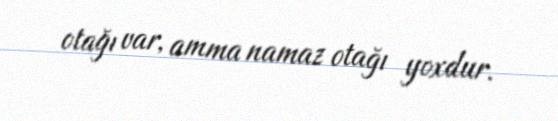
otağı var, amma namaz otağı yoxdur.